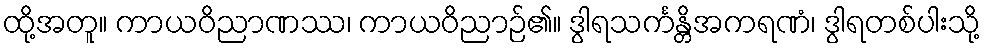
ထို့အတူ။ ကာယဝိညာဏဿ၊ ကာယဝိညာဉ်၏။ ဒွါရသင်္ကန္တိအကရဏံ၊ ဒွါရတစ်ပါးသို့